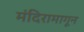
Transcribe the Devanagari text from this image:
मंदिरामागून